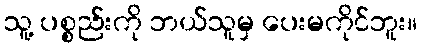
သူ့ ပစ္စည်းကို ဘယ်သူမှ ပေးမကိုင်ဘူး။